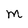
Character: m